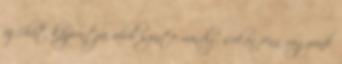
új chat központja, ahol szinte mindig sokan fenn vagyunk